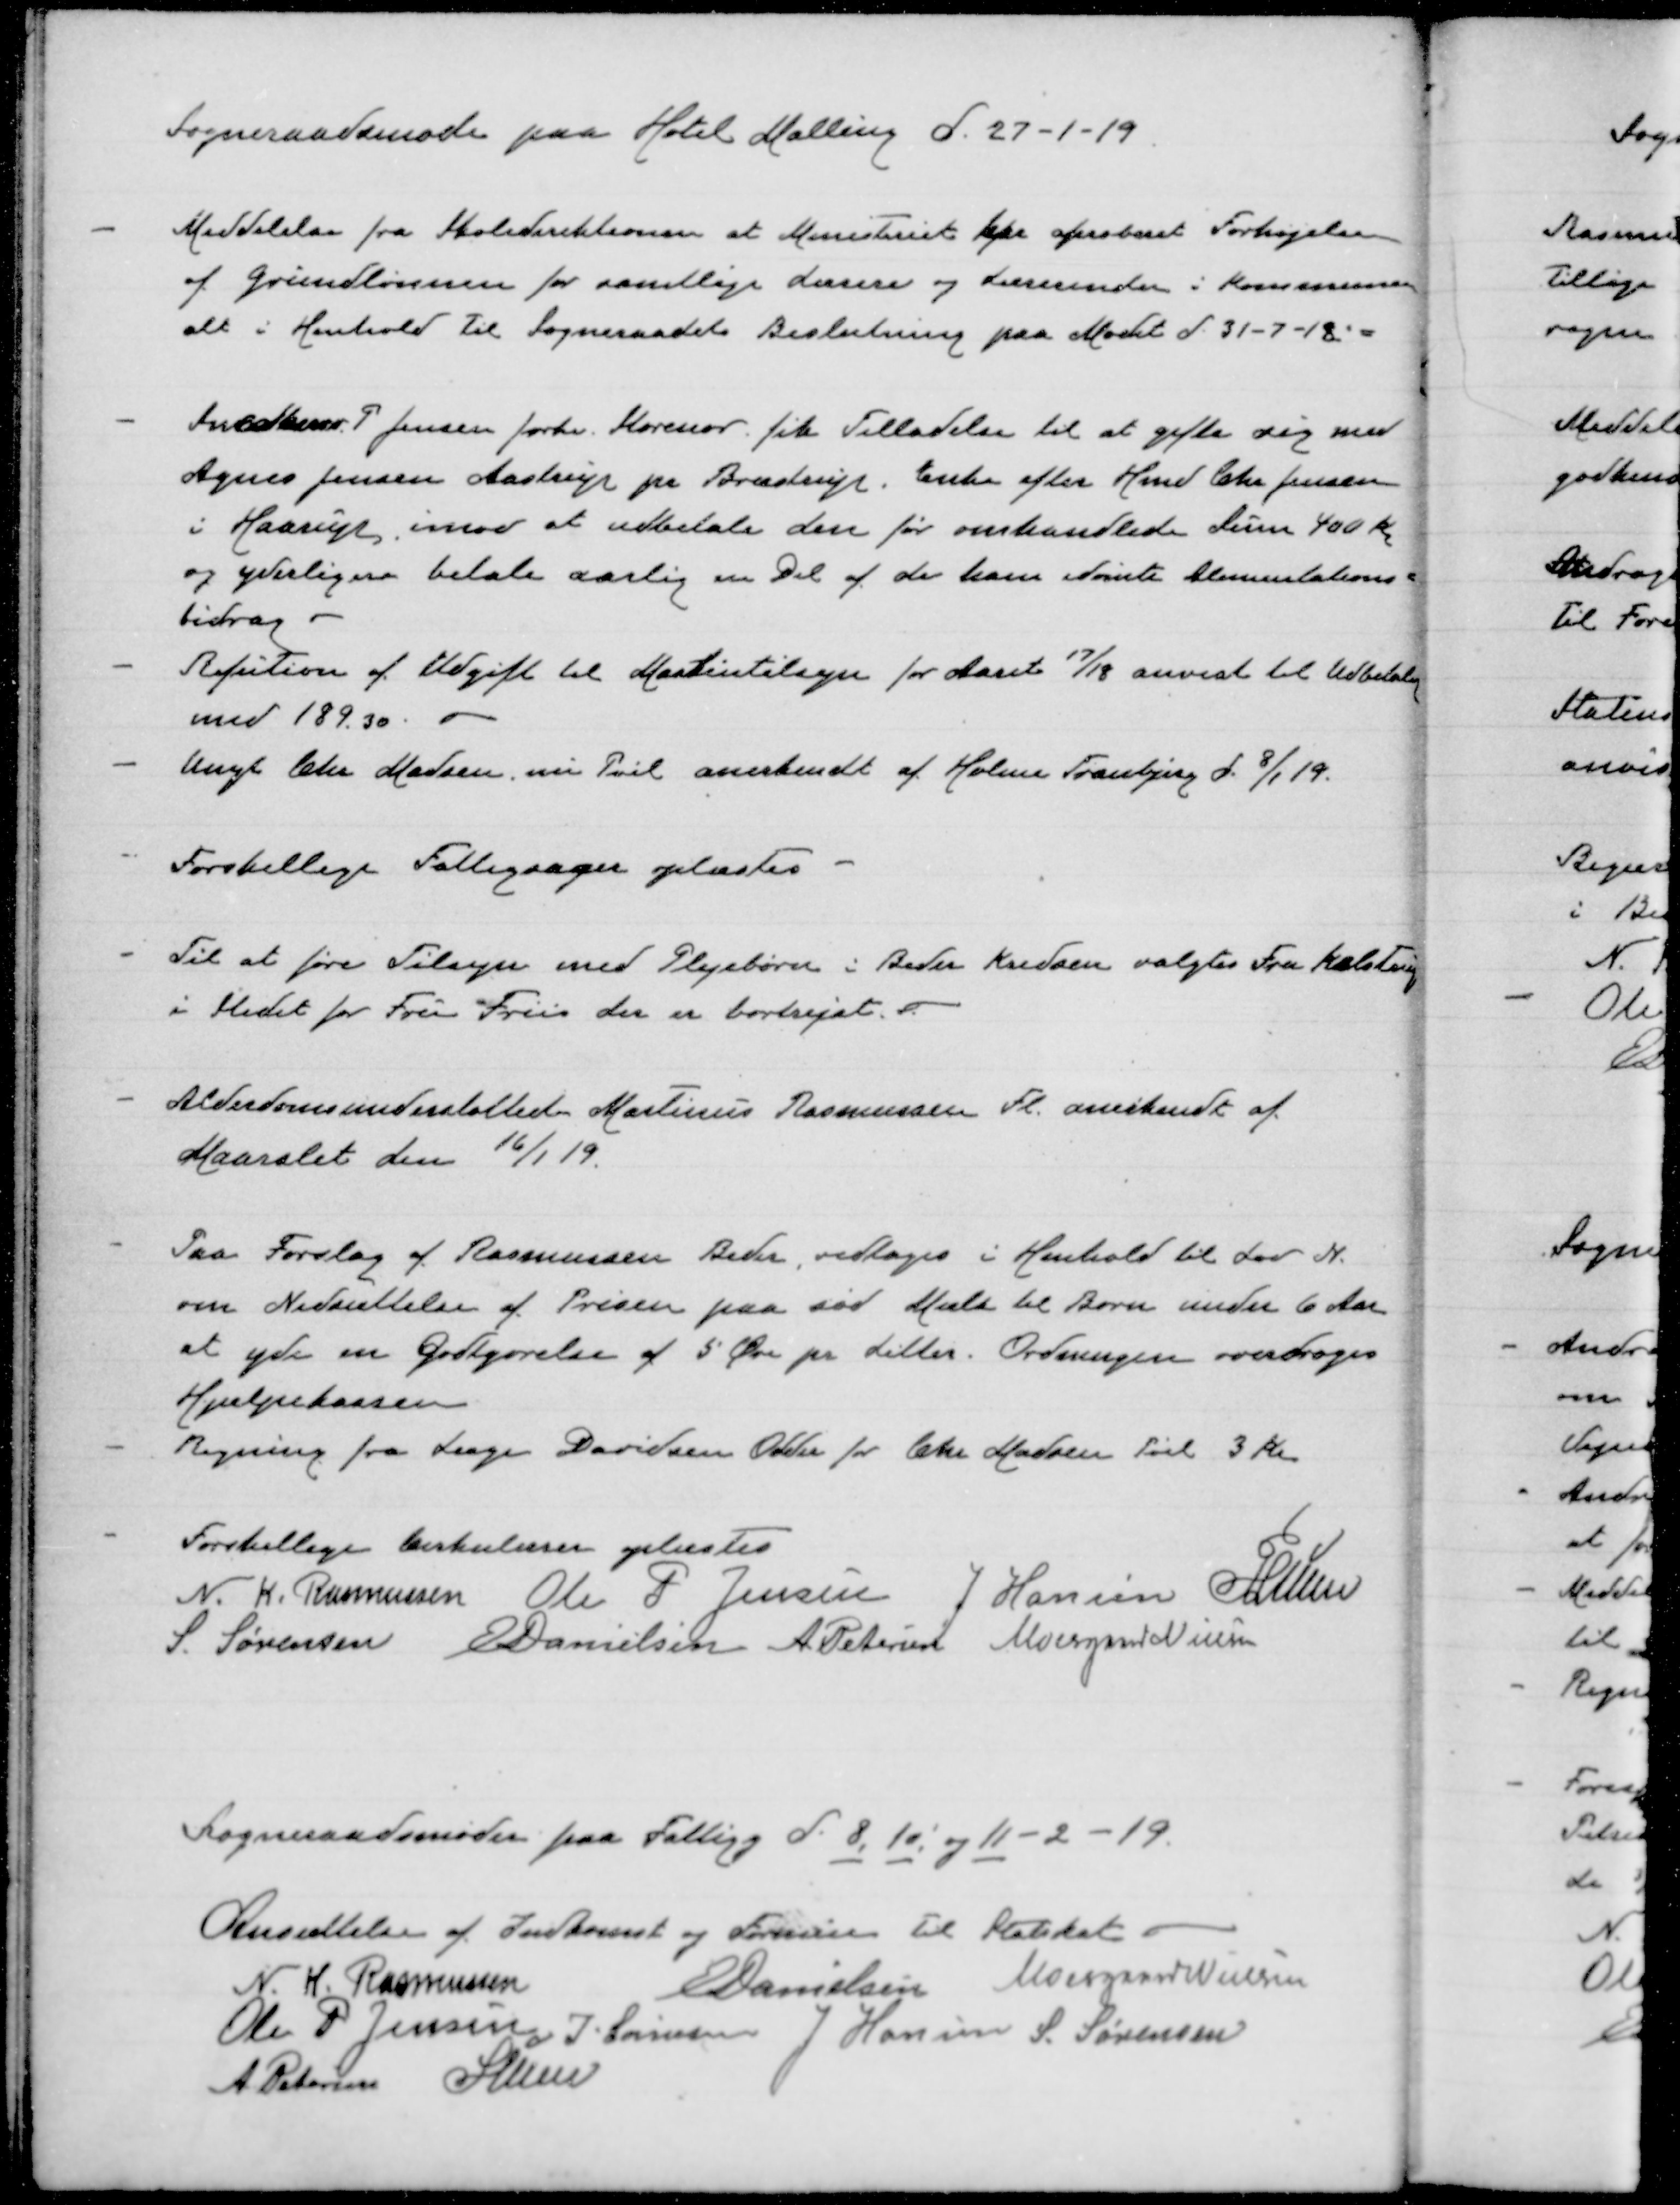
Transskription:
Sogneraadsmøde paa Hotel Malling d. 27-1-19

Meddelelse fra Skoledirektionen at Ministeriet har aproberet Forhøjelse
af Grundlønnen for samtlige Lærere og Lærerinder i Kommunen
alt i Henhold til Sogneraadets Beslutning paa Mødet d 31-7-18.

Snedker P Jensen forhv. Storenor fik Tilladelse til at gifte sig med
Agnes Jensen Aastrup pr Bræstrup. Enke efter Knud Chr Jensen
i Haarup. imod at udbetale den før omhandlede Sum 400 Kr
og yderligere betale aarlig en Del af de ham dømte Alimentations-
bidrag
Refution af Udgift til Maskintilsyn for Aaret 17/18 anvist til udbetalg
med 189.30.
Unge Chr Madsen. nu Pøel anerkendt af Holme Tranbjerg d. 8/1 19.

Forskellige Fattigsager oplæstes

Til at føre Tilsyn med Plejebørn i Beder kredsen valgtes Fru Kalstrup
i stedet for Fru Friis der er bortrejst.

Alderdomsunderstøttede Martinus Rasmussen Fl. anerkendt af
Maarslet den 16/1 19

Paa Forslag af Rasmussen Beder, vedtoges i Henhold til Lov N.
om Nedsættelse af Prisen paa sød Mælk til Børn under 6 Aar
at yde en Godtgørelse af 5 Øre pr Litter. Ordningen overdroges
Hjælpekassen
Regning fra Læge Davidsen Odder for Chr Madsen Pøel 3 Kr

Forskellige Cirkulærer oplæstes
N. K. Rasmussen
Ole P Jensen
J Hansen
P Lunn
S Sørensen
E Danielsen
A Petersen
Moesgaard Nielsen

Sogneraadsmøde paa Fattigg d. 8. 10. og 11-2-19

Ansættelse af Indkomst og Formue til Statskat.
N. K. Rasmussen
E Danielsen
Moesgaard Nielsen
Ole P Jensen
J Sørensen
J Hansen
S Sørensen
A Petersen
P Lunn